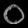
Digit: ၀